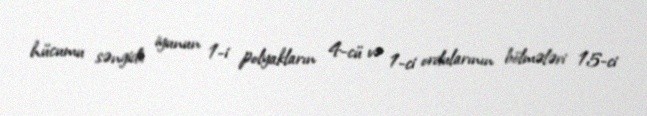
hücumu səngidi; iyunun 1-i polyakların 4-cü və 1-ci ordularının bölmələri 15-ci